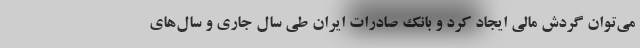
می‌توان گردش مالی ایجاد کرد و بانک صادرات ایران طی سال جاری و سال‌های